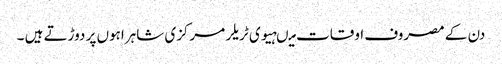
دن کے مصروف اوقات میںہیوی ٹریلر مرکزی شاہراہوں پر دوڑتے ہیں ۔